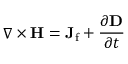
\nabla \times \mathbf { H } = \mathbf { J } _ { \mathrm { f } } + { \frac { \partial \mathbf { D } } { \partial t } }